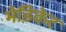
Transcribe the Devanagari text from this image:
मेडिकेट